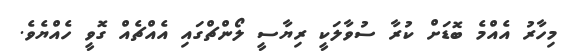
މިހާރު އެއްމެ ބޮޑަށް ކުރާ ސުވާލަކީ ރިޔާސީ ލޯންޗްގައި އެއްޗެއް ގޮވީ ހެއްޔެވެ.